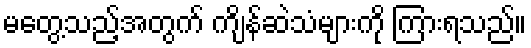
မတွေ့သည့်အတွက် ကျိန်ဆဲသံများကို ကြားရသည်။